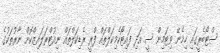
ސްޓޯބެރީގައި ހިމެނޭ ވިޓަމިން ސީ އަދި ފައިޓޯކެމިކަލްތައް ފްރީ ރެޑިކަލްތައް ނިއުޓްރަލައިޒްކޮށް ނާރުތަކުގެ